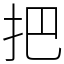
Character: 把